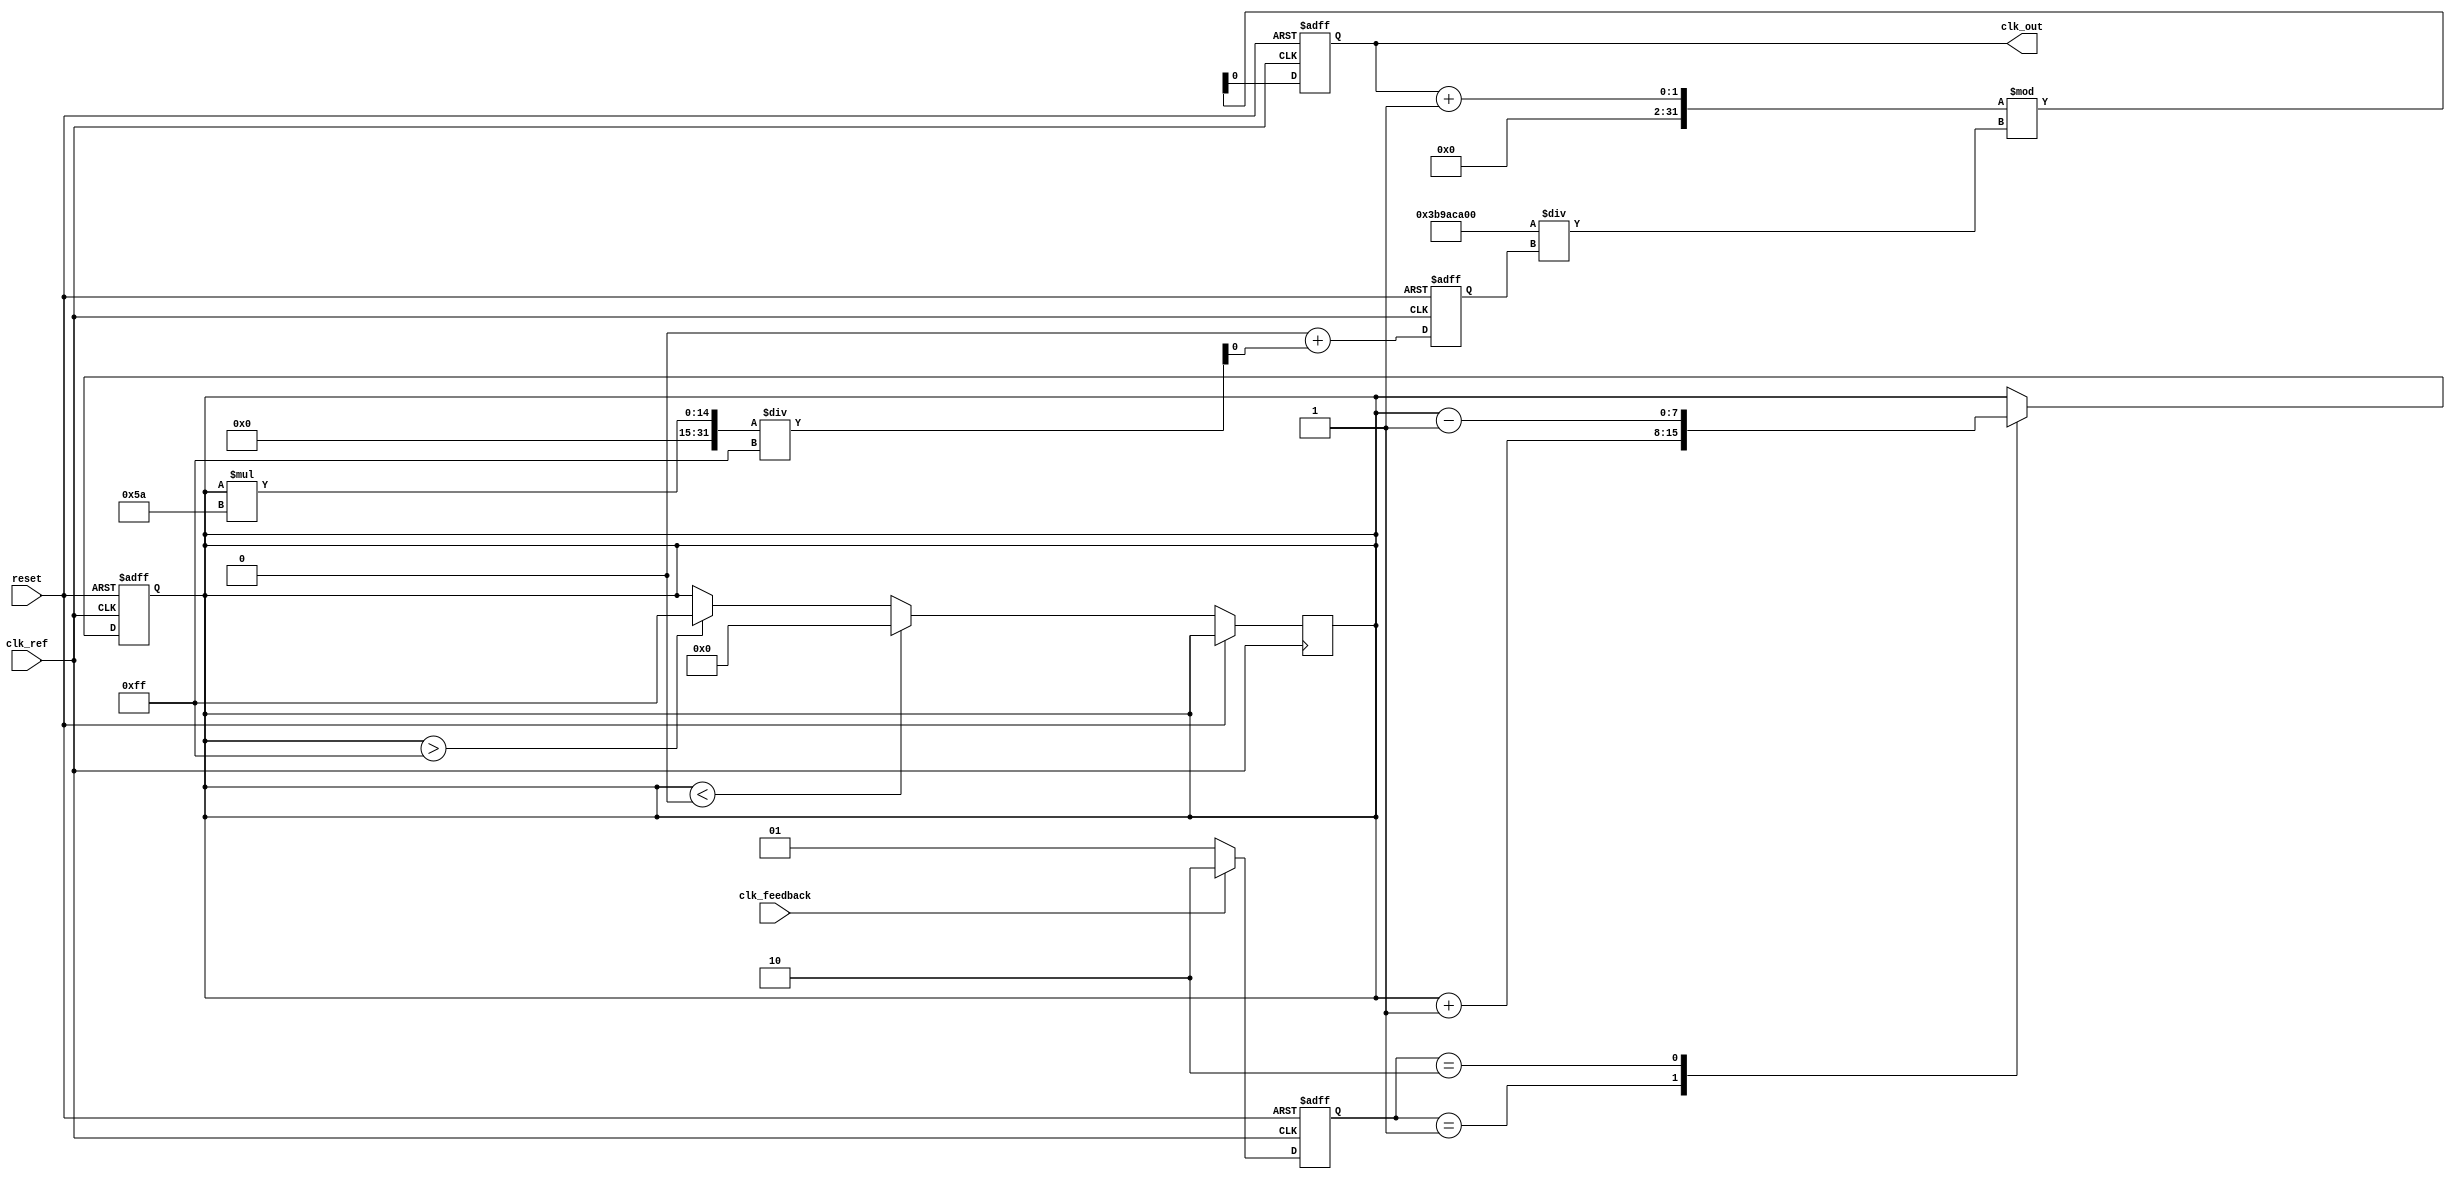
module cp_pll (
    input wire clk_ref,        // Reference clock input
    input wire clk_feedback,   // Feedback clock input from VCO
    input wire reset,          // Asynchronous reset
    output reg clk_out         // Output clock from VCO
);

// Parameters
parameter VCO_MAX_FREQ = 100; // Maximum frequency of VCO
parameter VCO_MIN_FREQ = 10;   // Minimum frequency of VCO
parameter K_CP = 1;            // Charge pump gain (current)
parameter K_VCO = 1;           // VCO gain (frequency per voltage)

// Internal signals
reg [1:0] pfd_out;             // PFD output (00: none, 01: UP, 10: DOWN)
reg [7:0] control_voltage;     // Control voltage for VCO
reg vco_freq;                  // Current frequency of VCO

// Phase Frequency Detector (PFD)
always @(posedge clk_ref or posedge reset) begin
    if (reset) begin
        pfd_out <= 2'b00;
    end else begin
        // Simple phase comparison logic
        if (clk_feedback) begin
            pfd_out <= 2'b10; // Feedback is leading
        end else begin
            pfd_out <= 2'b01; // Feedback is lagging
        end
    end
end

// Charge Pump (CP)
always @(posedge clk_ref or posedge reset) begin
    if (reset) begin
        control_voltage <= 8'b0;
    end else begin
        case (pfd_out)
            2'b01: control_voltage <= control_voltage + K_CP; // UP signal
            2'b10: control_voltage <= control_voltage - K_CP; // DOWN signal
            default: control_voltage <= control_voltage; // No change
        endcase
    end
end

// VCO (Voltage-Controlled Oscillator)
always @(posedge clk_ref or posedge reset) begin
    if (reset) begin
        vco_freq <= VCO_MIN_FREQ; // Initialize VCO frequency
        clk_out <= 0; // Initialize output clock
    end else begin
        // Calculate VCO frequency based on control voltage
        if (control_voltage > 255) control_voltage <= 255; // Limit control voltage
        if (control_voltage < 0) control_voltage <= 0;     // Limit control voltage
        vco_freq <= VCO_MIN_FREQ + (control_voltage * (VCO_MAX_FREQ - VCO_MIN_FREQ)) / 255;

        // Generate output clock based on calculated VCO frequency
        clk_out <= (clk_out + 1) % (1000000000 / vco_freq); // Adjust for desired frequency
    end
end

endmodule